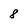
Character: 8